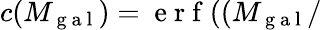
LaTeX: c(M_{\mathrm{~g~a~l~}})=\mathrm{~e~r~f~}((M_{\mathrm{~g~a~l~}}/